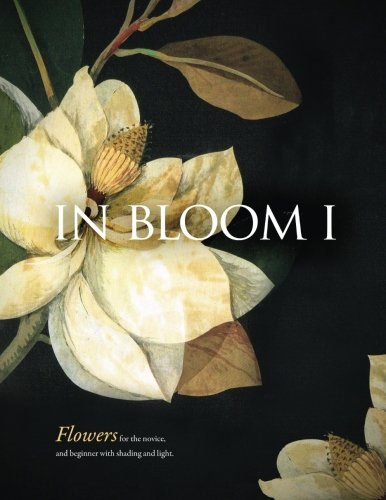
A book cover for In Bloom: Needlepoint Techniques for Flowers (Art & Needlepoint) (Volume 3); Janet M Perry; Crafts, Hobbies & Home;